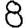
Digit: 8